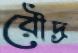
রৌদ্র